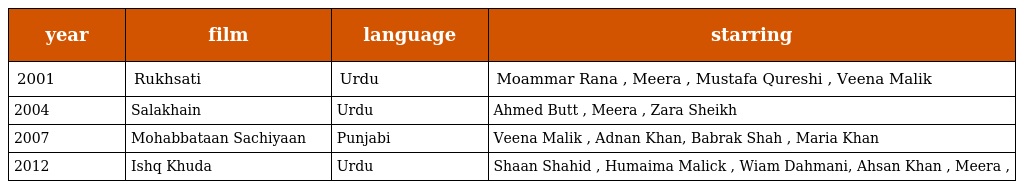
| year | film | language | starring |
 | --- | --- | --- | --- |
 | 2001 | Rukhsati | Urdu | Moammar Rana , Meera , Mustafa Qureshi , Veena Malik |
 | 2004 | Salakhain | Urdu | Ahmed Butt , Meera , Zara Sheikh |
 | 2007 | Mohabbataan Sachiyaan | Punjabi | Veena Malik , Adnan Khan, Babrak Shah , Maria Khan |
 | 2012 | Ishq Khuda | Urdu | Shaan Shahid , Humaima Malick , Wiam Dahmani, Ahsan Khan , Meera , |